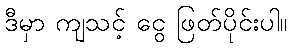
ဒီမှာ ကျသင့် ငွေ ဖြတ်ပိုင်းပါ။